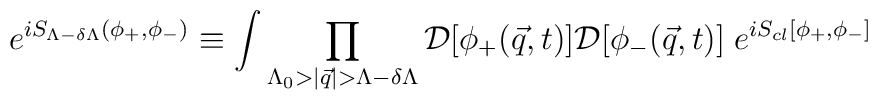
e^{i S_{\Lambda - \delta \Lambda}(\phi_+,\phi_-)} \equiv \int \prod_{\Lambda_0>|{\vec q}| > \Lambda-\delta \Lambda} {\cal D}[\phi_+({\vec q},t)] {\cal D}[\phi_-({\vec q},t)] \; e^{i S_{cl}[\phi_+,\phi_-]}